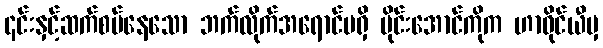
၎င်းနှင့်ဆက်စပ်နေသော ဘက်လိုက်အရောင်မရှိ မိုင်းအောင်ကိုက ဟာဝိုင်ယီမှ